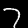
Digit: 7